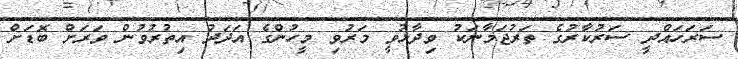
ސަރަހައްދީ ސަރުކާރުގެ ތަރުޖަމާނަކު ވިދާޅުވީ މަރުވި މީހުންގެ އަދަދު އިތުރުވުން ވަރަށް ބޮޑަށް